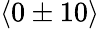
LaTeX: \langle 0\pm 10\rangle